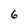
Character: 6